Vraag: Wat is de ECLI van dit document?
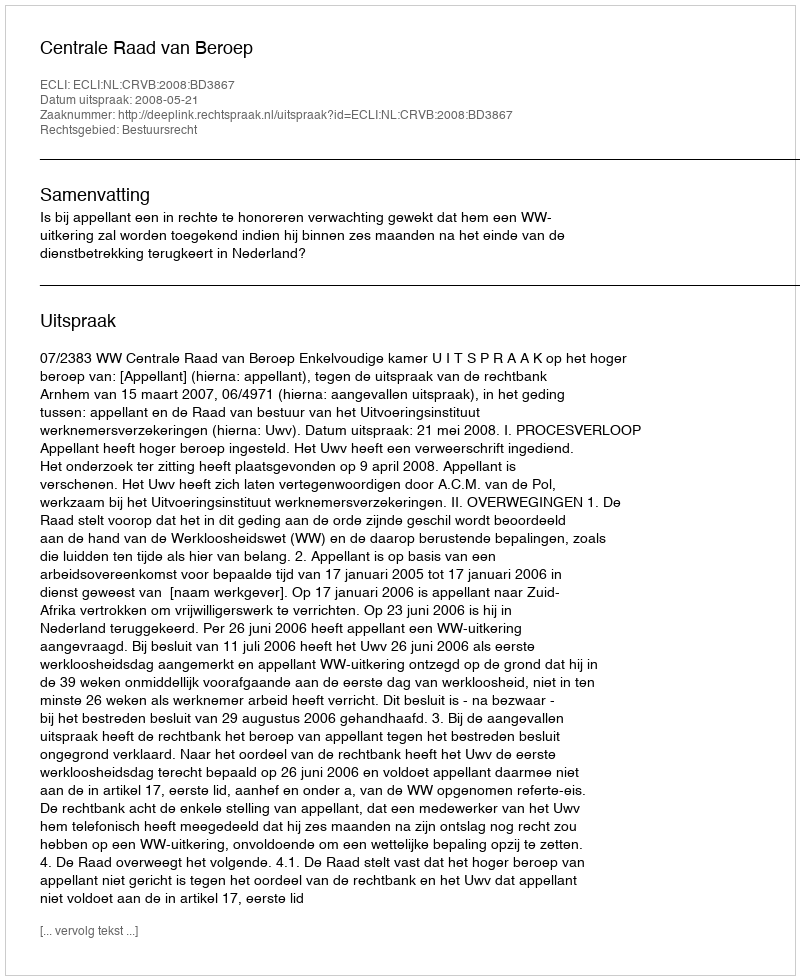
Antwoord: ECLI:NL:CRVB:2008:BD3867